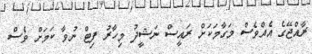
ރާއްޖޭގެ އެއްވެސް މަގާމަކަށް ރައީސް ނަޝީދު މިހާރު ފިޓް ނުވާ ކަމަށް ވެސް